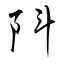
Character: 阧